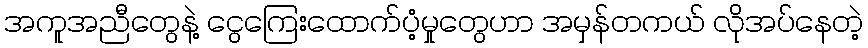
အကူအညီတွေနဲ့ ငွေကြေးထောက်ပံ့မှုတွေဟာ အမှန်တကယ် လိုအပ်နေတဲ့